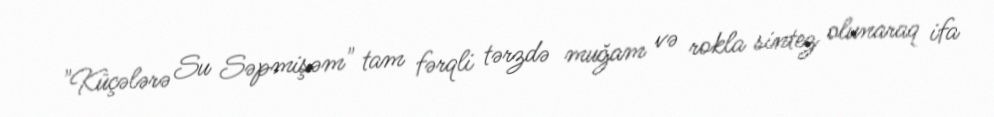
"Küçələrə Su Səpmişəm" tam fərqli tərzdə muğam və rokla sintez olunaraq ifa